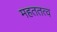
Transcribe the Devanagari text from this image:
महततत्व